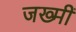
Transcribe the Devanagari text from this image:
जख्मीं